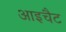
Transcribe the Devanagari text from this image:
आइचैट